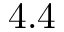
4 . 4